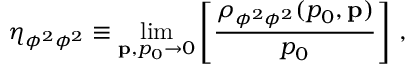
\eta _ { \phi ^ { 2 } \phi ^ { 2 } } \equiv \operatorname * { l i m } _ { { \bf p } , p _ { 0 } \to 0 } \left[ { \frac { \rho _ { \phi ^ { 2 } \phi ^ { 2 } } ( p _ { 0 } , { \bf p } ) } { p _ { 0 } } } \right] \, ,